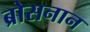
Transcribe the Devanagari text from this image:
ब्रोसनान